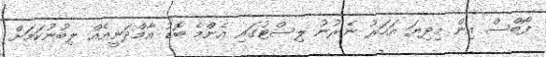
ފޯބްސް އިން މިދިޔަ އަހަރު ނެރުނު ލިސްޓުގައި އެންމެ ބޮޑު އާމްދަނީއެއް ލިބުނުކަމަށް